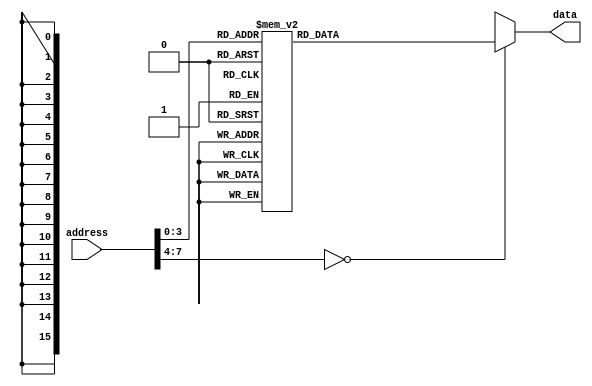
/* Fibonacci sequence Program */
// 8bit */
module ROM_A(address, data);

input [7:0] address;
output [15:0] data;

wire [7:0] address;
reg [15:0] data;

always @* begin
    
    case (address)
        8'b00000000: data <= 16'b00100010_00000001; // MOV A, 1
        8'b00000001: data <= 16'b00100011_00000000; // MOV B, 0
        8'b00000010: data <= 16'b00100111_00000000; // MOV C, B
        8'b00000011: data <= 16'b00000000_00000000; // ADD A, B
        8'b00000100: data <= 16'b00110000_00000110; // JNC 6
        8'b00000101: data <= 16'b00110100_00001110; // JMP 14
        8'b00000110: data <= 16'b00111000_00000001; // INC C, 1
        8'b00000111: data <= 16'b00101100_00000000; // OUT A
        8'b00001000: data <= 16'b00000001_00000000; // ADD B, A
        8'b00001001: data <= 16'b00110000_00001011; // JNC 11
        8'b00001010: data <= 16'b00110100_00001110; // JMP 14
        8'b00001011: data <= 16'b00111000_00000001; // INC C, 1
        8'b00001100: data <= 16'b00101101_00000000; // OUT B
        8'b00001101: data <= 16'b00110000_00000011; // JNC 3
        8'b00001110: data <= 16'b00110100_00001110; // JMP 14
        default: data <= 16'bxxxxxxxx_xxxxxxxx;
    endcase
end

endmodule